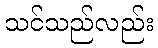
သင်သည်လည်း